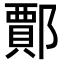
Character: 𨞝